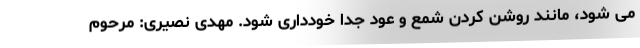
می شود، مانند روشن کردن شمع و عود جدا خودداری شود. مهدی نصیری: مرحوم